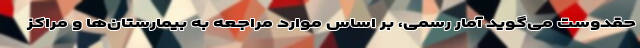
حقدوست می‌گوید آمار رسمی، بر اساس موارد مراجعه به بیمارستان‌ها و مراکز